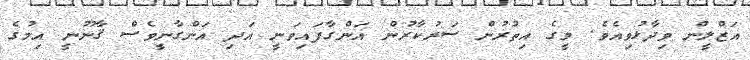
އަޒްލީން ވިދާޅުވިއެވެ. މީގެ އިތުރުން ސަރުކާރުން އަންގާފައިވަނީ އަދި އަންގާނީވެސް ޤާނޫނީ އިމުގެ